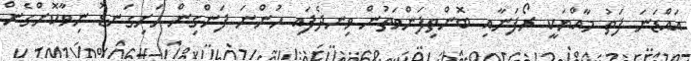
އައްޑަނަ ފަތު މާއްޔަކީ ރޯފަނާއި ބޮންތިފަންވަތުން ވިނދެފައި ހުންނަ ފަންގިން ހަށިގަނޑު ނިވާކޮށްގެން